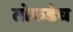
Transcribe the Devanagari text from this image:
तोकडेच